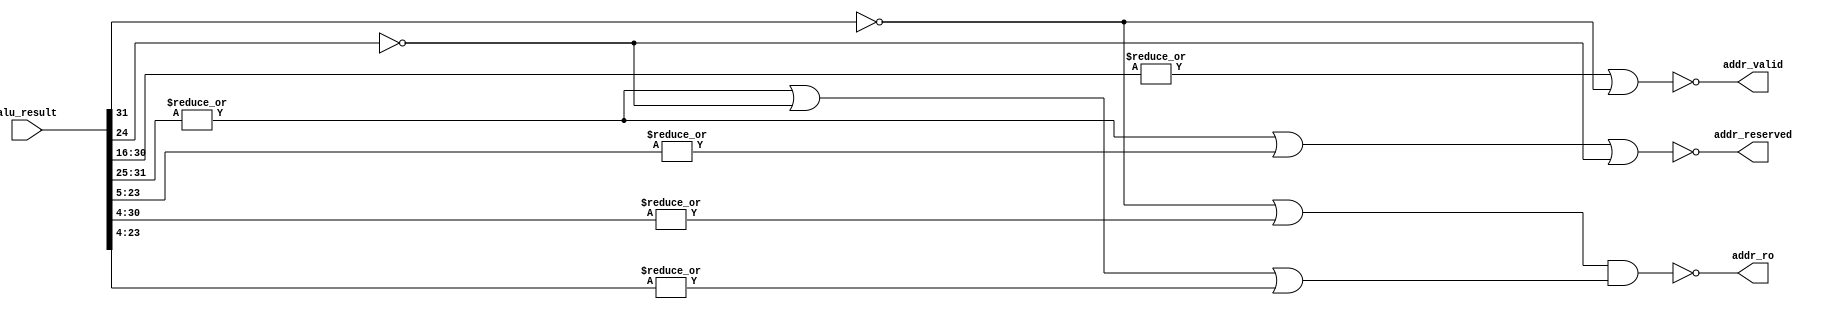
`timescale 1ns / 1ps

module addr_controller(
input [31:0] alu_result,
output addr_valid,
output addr_reserved,
output addr_ro
    );
    
    assign addr_valid = ~(|alu_result[30:16] | ~alu_result[31]);
    assign addr_reserved = ~(|alu_result[31:25] | |alu_result[23:5] | ~alu_result[24]);
    assign addr_ro = ~((~alu_result[31] | |alu_result[30:4]) & 
    (|alu_result[31:25] | ~alu_result[24] | |alu_result[23:4]));
    
endmodule